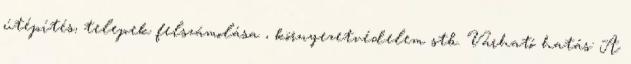
útépítés, telepek felszámolása , környezetvédelem stb. Várható hatás: A